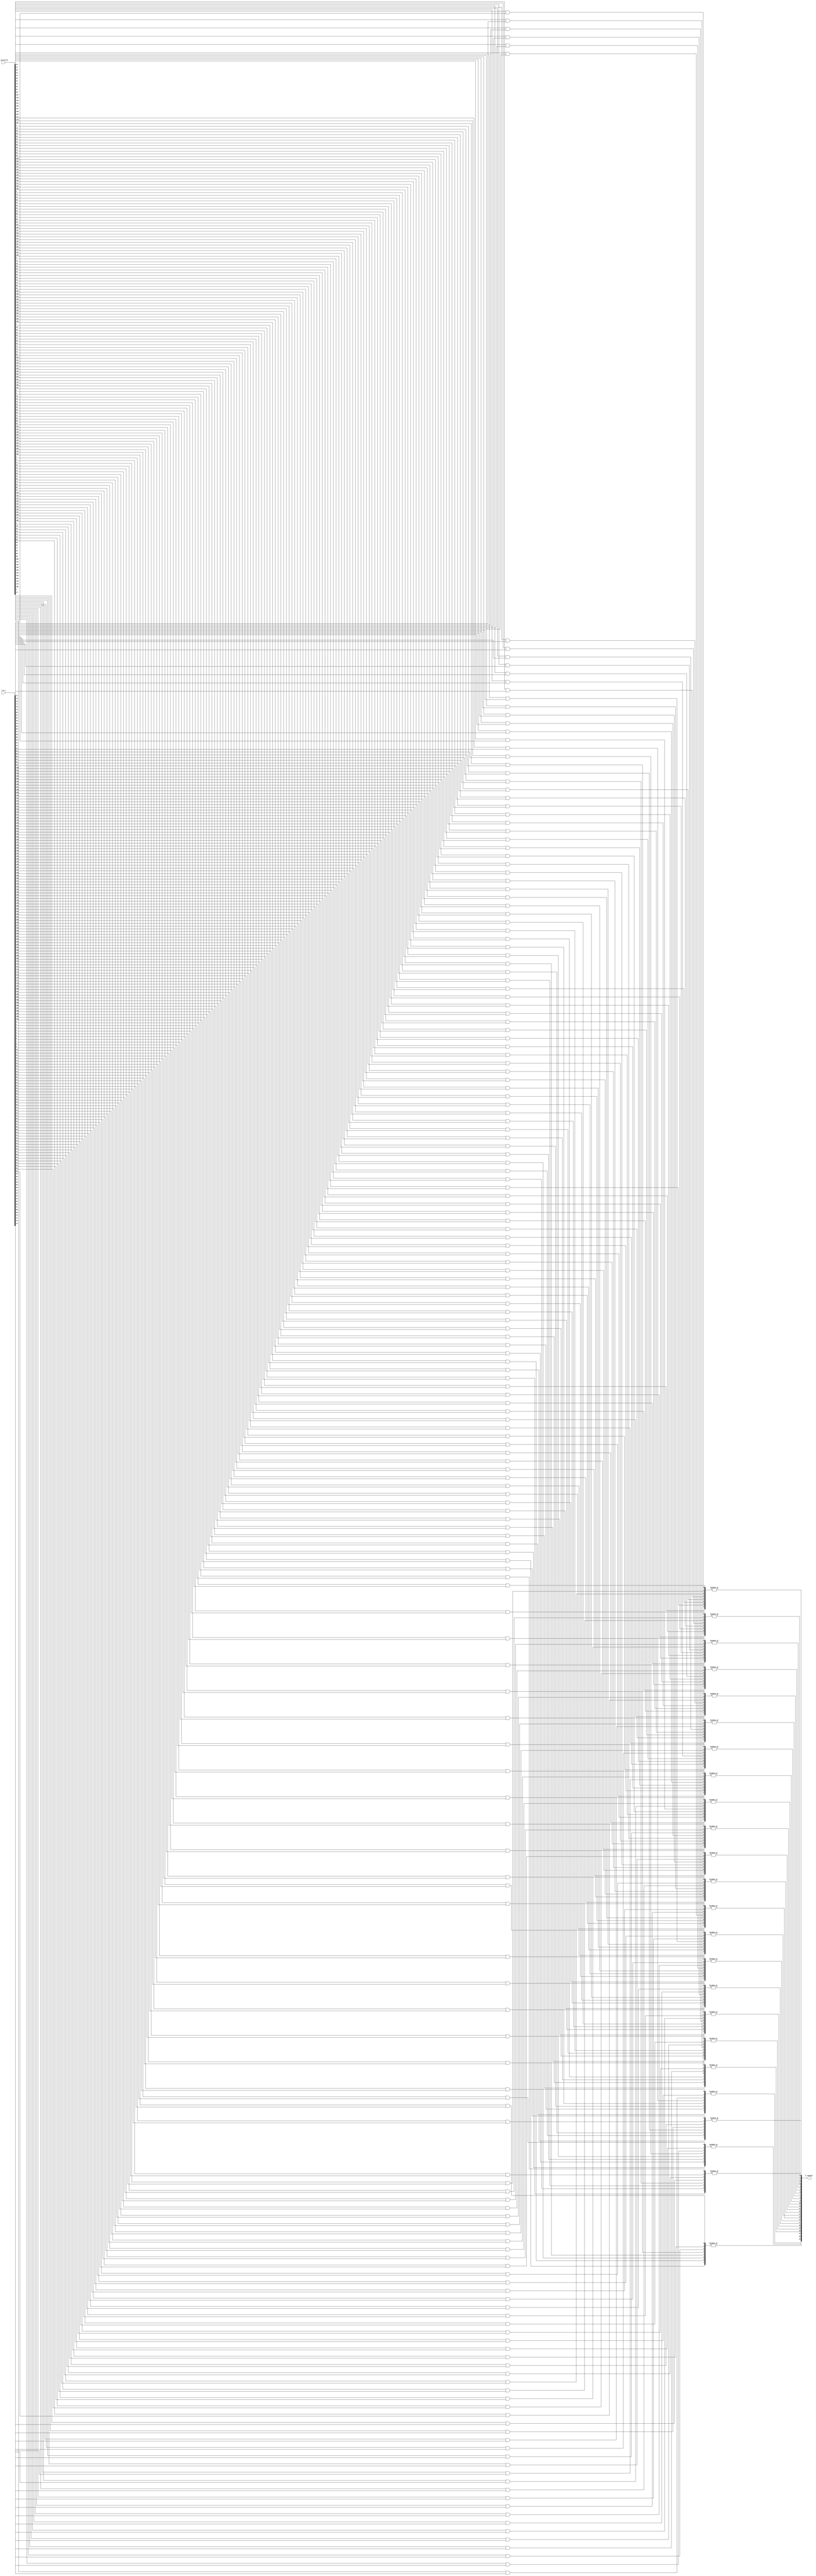
`timescale 1ns / 1ps
//////////////////////////////////////////////////////////////////////////////////
// Company: 
// Engineer: 
// 
// Design Name: 
// Module Name: request_evaluation
// Project Name: 
// Target Devices: 
// Tool Versions: 
// Description: 
// 
// Dependencies: 
// 
// Revision:
// Revision 0.01 - File Created
// Additional Comments:
// 
//////////////////////////////////////////////////////////////////////////////////


module request_evaluation #(
parameter N = 24,
parameter P = 8
) (
input     [N * P - 1 : 0]   i_priority,
input     [N * P - 1 : 0]   i_p_r,
output    [N - 1 : 0]   o_request
);
wire [P - 1 : 0] req_p [N - 1 : 0];
generate
   genvar j, i;
      for(j = 0; j < P; j = j + 1) begin:req_p_group
         for(i = 0; i < N; i = i + 1) begin:sub_req_p_group
            assign req_p[i][j] = i_priority[i * P + j] & i_p_r[j * N +i];
         end
      end
      for(i = 0; i < N; i = i + 1) begin:request_group
         assign o_request[i] = | req_p[i];
      end
endgenerate
endmodule